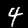
Label: 4